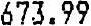
673.99